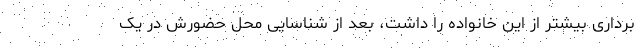
برداری بیشتر از این خانواده را داشت، بعد از شناسایی محل حضورش در یک